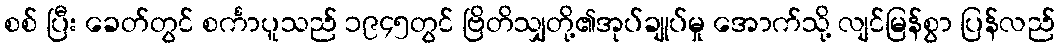
စစ် ပြီး ခေတ်တွင် စင်္ကာပူသည် ၁၉၄၅တွင် ဗြိတိသျှတို့၏အုပ်ချုပ်မှု အောက်သို့ လျင်မြန်စွာ ပြန်လည်